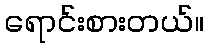
ရောင်းစားတယ်။